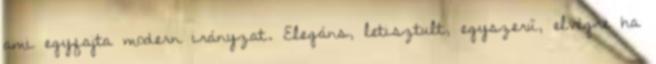
ami egyfajta modern irányzat. Elegáns, letisztult, egyszerű, elvégre ha